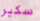
سكير